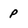
Character: P